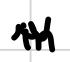
Text: in
Cross-out: zig-zag
Writing tool: digital_black